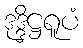
ဒုဒ္ဒိဋ္ဌရူပံ